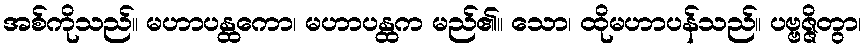
အစ်ကိုသည်။ မဟာပန္ထကော၊ မဟာပန္ထက မည်၏။ သော၊ ထိုမဟာပန်သည်။ ပဗ္ဗဇ္ဇိတွာ၊